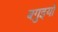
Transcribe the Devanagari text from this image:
बगुइयो